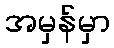
အမှန်မှာ